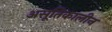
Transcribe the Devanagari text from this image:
असूतिकालीन